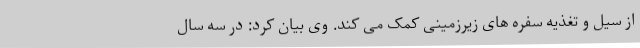
از سیل و تغذیه سفره های زیرزمینی کمک می کند. وی بیان کرد: در سه سال